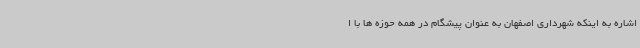
اشاره به اینکه شهرداری اصفهان به عنوان پیشگام در همه حوزه ها با ا